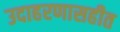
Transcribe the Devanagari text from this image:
उदाहरणासहीत